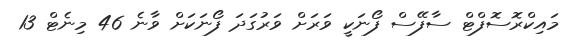
މައިކްރޮސޮފްޓް ސާފޭސް ފޯނަކީ ވަރަށް ވަރުގަދަ ފޯނަކަށް ވާނެ 46 މިނެޓް 13